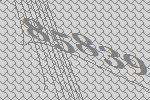
85839